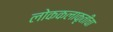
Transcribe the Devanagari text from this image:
लोककलाकृतींचा